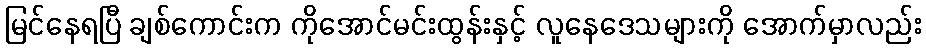
မြင်နေရပြီ ချစ်ကောင်းက ကိုအောင်မင်းထွန်းနှင့် လူနေဒေသများကို အောက်မှာလည်း